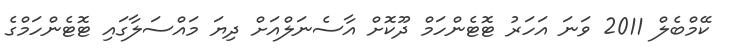
ކޭމްބެލް 2011 ވަނަ އަހަރު ޓޮޓެންހަމް ދޫކޮށް އާސެނަލްއަށް ދިޔަ މައްސަލާގައި ޓޮޓެންހަމްގެ